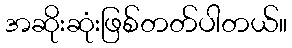
အဆိုးဆုံးဖြစ်တတ်ပါတယ်။